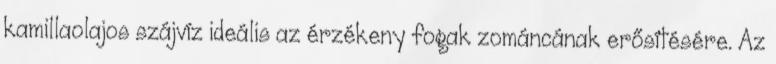
kamillaolajos szájvíz ideális az érzékeny fogak zománcának erősítésére. Az